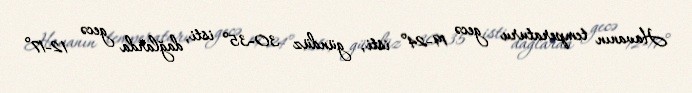
Havanın temperaturu gecə 19-24° isti, gündüz 30-35° isti, dağlarda gecə 12-17°